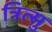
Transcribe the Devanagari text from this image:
त्रित्सु